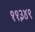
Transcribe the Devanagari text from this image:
११३४९